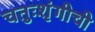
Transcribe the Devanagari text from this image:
चतुःशृंगीची